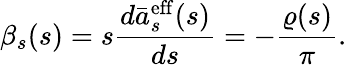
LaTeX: \beta_{s}(s)=s\frac{d\bar{a}_{s}^{\mathrm{eff}}(s)}{ds}=-\frac{\varrho(s)}{\pi}.